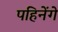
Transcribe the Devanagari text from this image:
पहिनेंगे